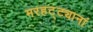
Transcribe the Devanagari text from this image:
मरहट्ट्यानां